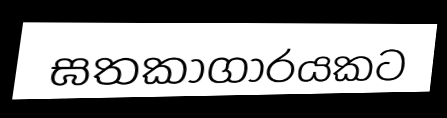
ඝතකාගාරයකට